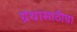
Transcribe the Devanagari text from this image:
ग्रंथासाठीचा